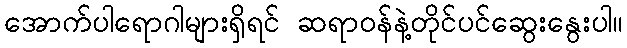
အောက်ပါရောဂါများရှိရင် ဆရာဝန်နဲ့တိုင်ပင်ဆွေးနွေးပါ။